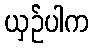
ယှဉ်ပါက